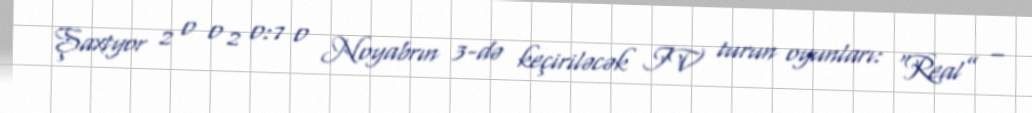
Şaxtyor 2 0 0 2 0:7 0 Noyabrın 3-də keçiriləcək IV turun oyunları: “Real” –